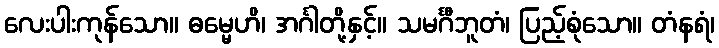
လေးပါးကုန်သော။ ဓမ္မေဟိ၊ အင်္ဂါတို့နှင့်။ သမင်္ဂီဘူတံ၊ ပြည့်စုံသော။ တံနရံ၊